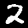
Digit: 2